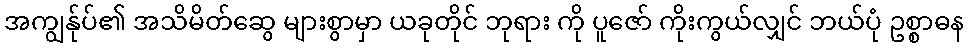
အကျွန်ုပ်၏ အသိမိတ်ဆွေ များစွာမှာ ယခုတိုင် ဘုရား ကို ပူဇော် ကိုးကွယ်လျှင် ဘယ်ပုံ ဥစ္စာဓန